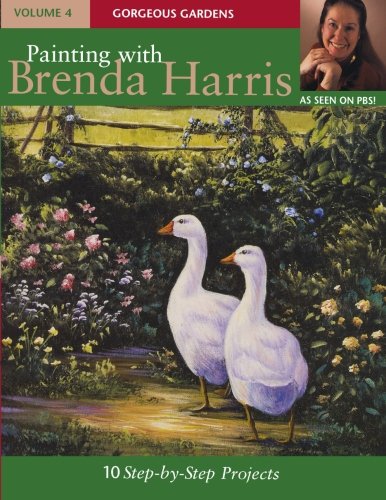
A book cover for Painting with Brenda Harris, Volume 4: Gorgeous Gardens; Brenda Harris; Arts & Photography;